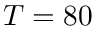
T = 8 0